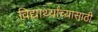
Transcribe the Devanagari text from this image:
विद्यार्थ्यांच्यासाठी